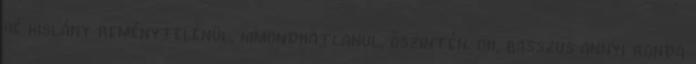
hé kislány reménytelenül, kimondhatlanul, őszintén. oh, basszus annyi ronda